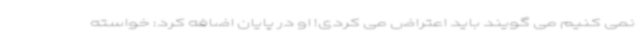
نمی کنیم می گویند باید اعتراض می کردی! او در پایان اضافه کرد: خواسته